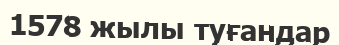
1578 жылы туғандар